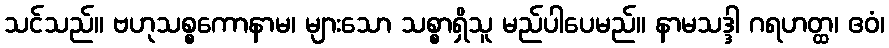
သင်သည်။ ဗဟုသစ္စကောနာမ၊ များသော သစ္စာရှိသူ မည်ပါပေမည်။ နာမသဒ္ဒါ ဂရဟတ္ထ၊ ဧဝံ၊